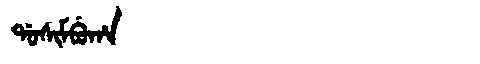
Manchu: ᡩᠣᠰᡳᠮᠪᡠᡥᠠ
Romanization: DOSIMBUHA